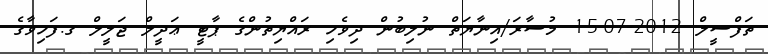
ތަފްސީލް 2012-07-15 މުސާރަ/އިނާޔަތް ނުލިބުން ދިވެހި ރައްޔިތުންގެ ޕާޓީ ޢަދީލް ޖަލީލް ގ.ފަހިވާގެ